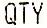
QTY